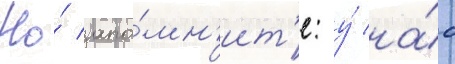
Но́ запо́мн'ит'е: у́ на́с